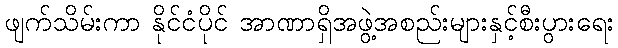
ဖျက်သိမ်းကာ နိုင်ငံပိုင် အာဏာရှိအဖွဲ့အစည်းများနှင့်စီးပွားရေး